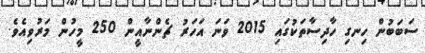
ސަބަބުން ހިނގި ހާދިސާތަކުގައި 2015 ވަނަ އަހަރު ޗެންނާއީން 250 މީހުން މަރުވިއެވެ.